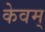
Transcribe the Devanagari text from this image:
केवम्